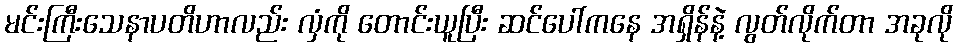
မင်းကြီးသေနာပတိဟာလည်း လှံကို တောင်းယူပြီး ဆင်ပေါ်ကနေ အရှိန်နဲ့ လွတ်လိုက်တာ အခုလို